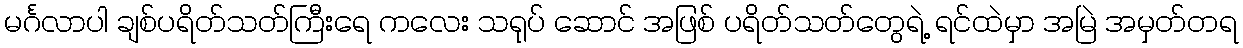
မင်္ဂလာပါ ချစ်ပရိတ်သတ်ကြီးရေ ကလေး သရုပ် ဆောင် အဖြစ် ပရိတ်သတ်တွေရဲ့ ရင်ထဲမှာ အမြဲ အမှတ်တရ